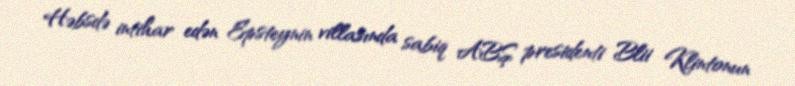
Həbsdə intihar edən Epsteynin villasında sabiq ABŞ presidenti Blii Klintonun